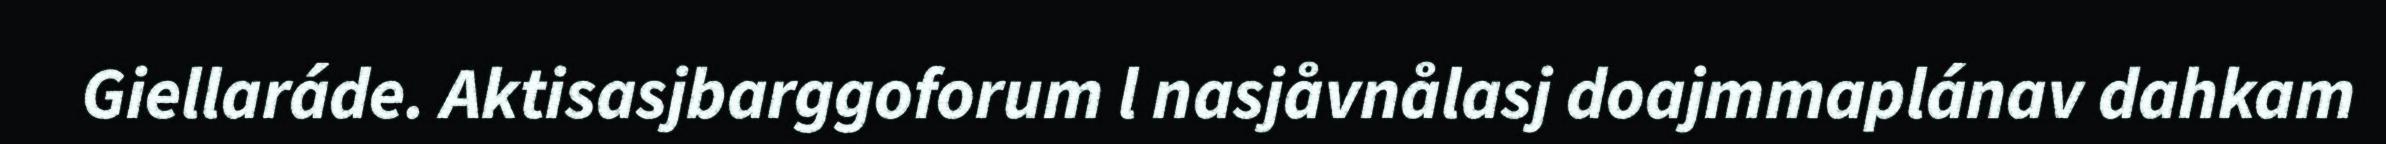
Giellaráde. Aktisasjbarggoforum l nasjåvnålasj doajmmaplánav dahkam